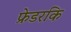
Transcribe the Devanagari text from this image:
फ्रेडरकि